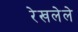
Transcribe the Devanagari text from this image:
रेखलेले